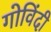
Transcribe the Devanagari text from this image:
गोविंदी